Vaccination in Bombay 1913-1923 - 1913-1923
Year: 1913
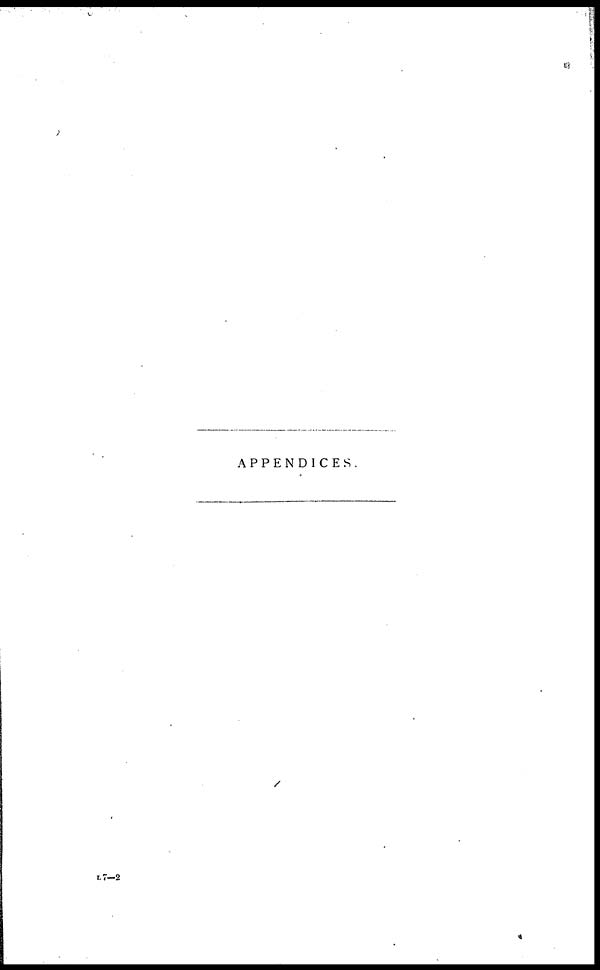
APPENDICES.
L7—2